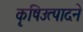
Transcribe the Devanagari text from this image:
कृषिउत्पादने